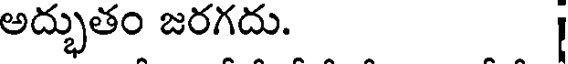
అద్భుతం జరగదు.